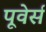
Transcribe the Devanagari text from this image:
पूवेर्स